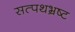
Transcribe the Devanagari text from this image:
सत्पथभ्रष्ट